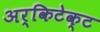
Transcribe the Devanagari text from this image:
अर्किटेक्ट